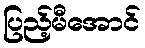
ပြည့်မီအောင်